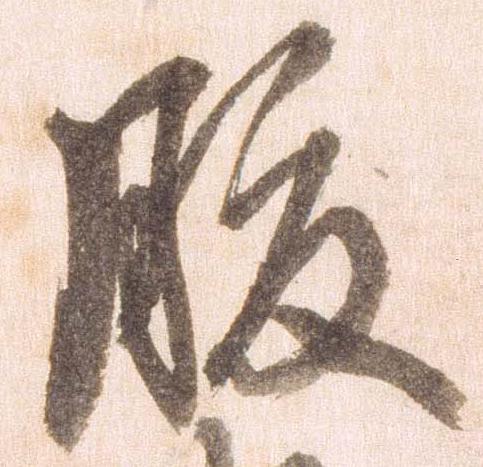
腹